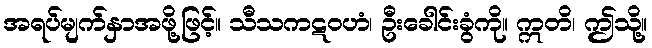
အရပ်မျက်နှာအဖို့ဖြင့်။ သီသကဋဝဟံ၊ ဦးခေါင်းခွံကို။ ဣတိ၊ ဤသို့။